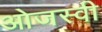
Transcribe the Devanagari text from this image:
ओजस्‍वी